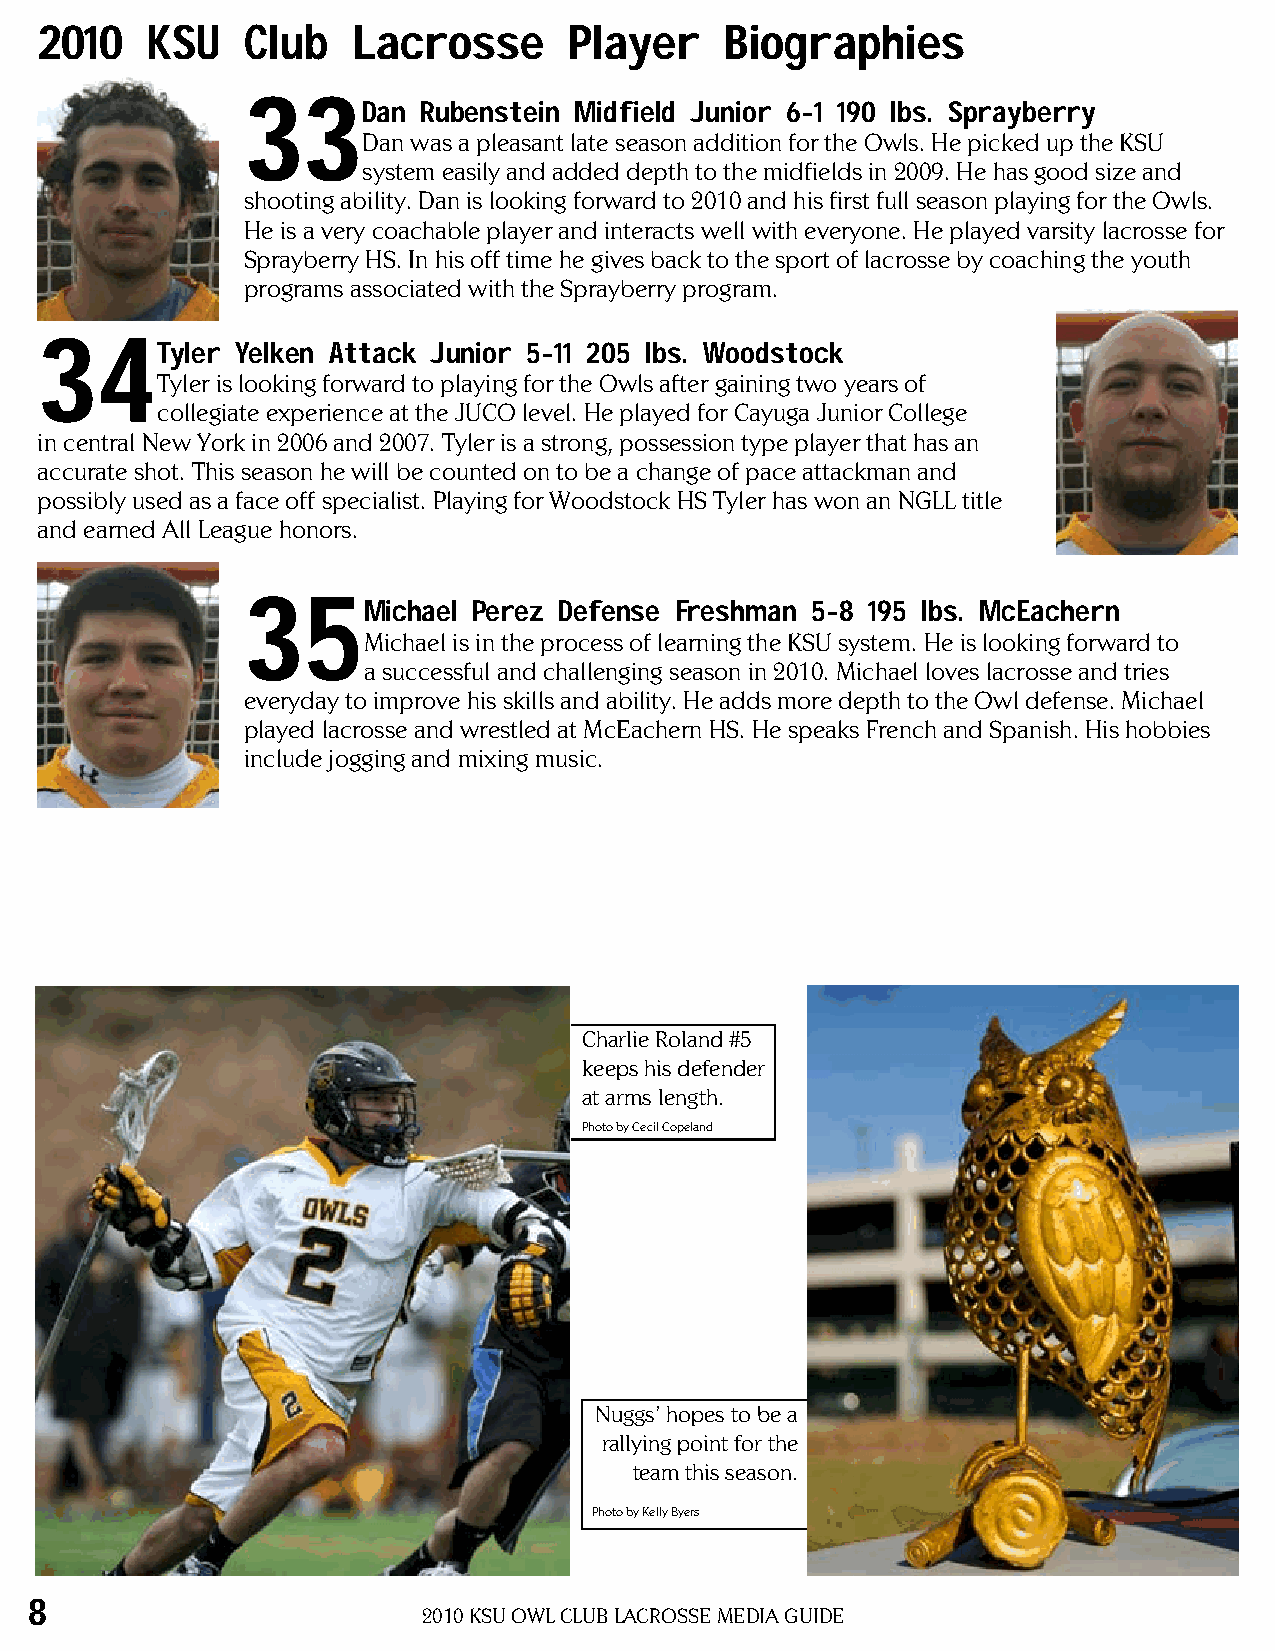
2010    KSU   Club   Lacrosse       Player    Biographies
 33
 Dan Rubenstein Midfield Junior 6-1 190 lbs. Sprayberry
 Dan was a pleasant late season addition for the Owls. He picked up the KSU
 system easily and added depth to the midfields in 2009. He has good size and
 shooting ability. Dan is looking forward to 2010 and his first full season playing for the Owls.
 He is a very coachable player and interacts well with everyone. He played varsity lacrosse for
 Sprayberry HS. in his off time he gives back to the sport of lacrosse by coaching the youth
 programs associated with the Sprayberry program.
 34
 Tyler Yelken Attack Junior 5-11 205 lbs. Woodstock
 Tyler is looking forward to playing for the Owls after gaining two years of
 collegiate experience at the JUCO level. He played for Cayuga Junior College
 in central New York in 2006 and 2007. Tyler is a strong, possession type player that has an
 accurate shot. This season he will be counted on to be a change of pace attackman and
 possibly used as a face off specialist. Playing for Woodstock HS Tyler has won an NGLL title
 and earned All League honors.
 35
 Michael Perez Defense Freshman 5-8 195 lbs. McEachern
 Michael is in the process of learning the KSU system. He is looking forward to
 a successful and challenging season in 2010. Michael loves lacrosse and tries
 everyday to improve his skills and ability. He adds more depth to the Owl defense. Michael
 played lacrosse and wrestled at McEachern HS. He speaks French and Spanish. His hobbies
 include jogging and mixing music.
 Charlie Roland #5
 keeps his defender
 at arms length.
 Photo by Cecil Copeland
 Nuggs’ hopes to be a
 rallying point for the
 team this season.
 Photo by Kelly Byers
 8
 2010 KSU OWL CLUB LACROSSE MEDiA GUiDE